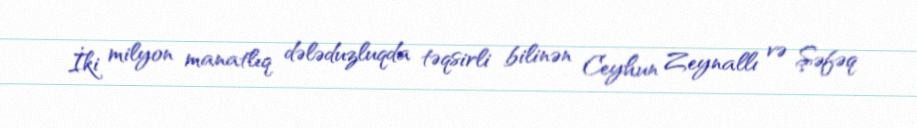
İki milyon manatlıq dələduzluqda təqsirli bilinən Ceyhun Zeynallı və Şəfəq